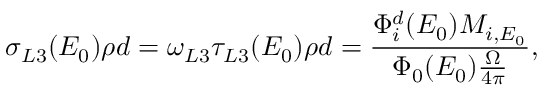
\sigma _ { L 3 } ( E _ { 0 } ) \rho d = \omega _ { L 3 } \tau _ { L 3 } ( E _ { 0 } ) \rho d = \frac { \Phi _ { i } ^ { d } ( E _ { 0 } ) M _ { i , E _ { 0 } } } { \Phi _ { 0 } ( E _ { 0 } ) \frac { \Omega } { 4 \pi } } ,